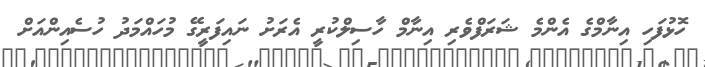
ހޮޅުފަހި އިނާމްގެ އެންމެ ޝަރަފްވެރި އިނާމް ހާސިލްކުރީ އެރަށު ނައިފަރީގޭ މުހައްމަދު ހުސެއިންއަށް